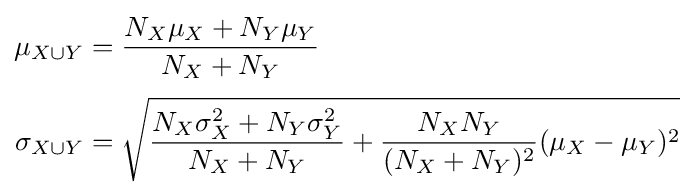
{\begin{aligned}\mu _{X\cup Y}&={\frac {N_{X}\mu _{X}+N_{Y}\mu _{Y}}{N_{X}+N_{Y}}}\\[3pt]\sigma _{X\cup Y}&={\sqrt {{\frac {N_{X}\sigma _{X}^{2}+N_{Y}\sigma _{Y}^{2}}{N_{X}+N_{Y}}}+{\frac {N_{X}N_{Y}}{(N_{X}+N_{Y})^{2}}}(\mu _{X}-\mu _{Y})^{2}}}\end{aligned}}